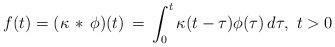
LaTeX: \begin{align*}f(t) = (\kappa\, *\, \phi)(t) \, = \, \int_0^t \kappa(t-\tau)\phi(\tau)\, d\tau,\ t>0\end{align*}